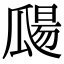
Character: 㼒